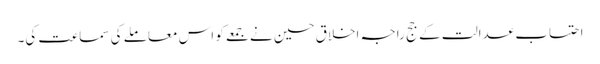
احتساب عدالت کے جج راجہ اخلاق حسین نے جمعے کو اس معاملے کی سماعت کی۔